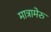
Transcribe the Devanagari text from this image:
मात्रामेरु